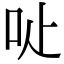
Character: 𠯬